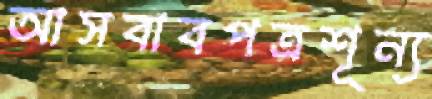
আসবাবপত্রশূন্য